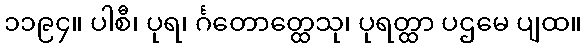
၁၁၉၄။ ပါစီ၊ ပုရ၊ င်္ဂတောတ္ထေသု၊ ပုရတ္ထာ ပဌမေ ပျထ။